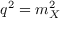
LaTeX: q ^ { 2 } = m _ { X } ^ { 2 }